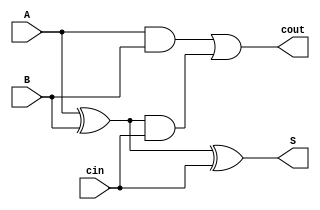
module fullAdder(A, B, cin, S, cout);
        input A, B, cin;                        
        output S, cout;                         
        assign cout = (A & B) | ((A ^ B) & cin);
        assign S = A ^ B ^ cin;                 
endmodule                                       

module fourBitAdder(A, B, cin, S, cout);
	input [3:0] A;
	input [3:0] B;
	input cin;
	
	output [3:0] S;
	output cout;

	wire c1;
	wire c2;
	wire c3;

	fullAdder fa1(
		.A(A[0]),
		.B(B[0]),
		.S(S[0]),
		.cin(cin),
		.cout(c1)
	);
	fullAdder fa2(
		.A(A[1]),
		.B(B[1]),
		.S(S[1]),
		.cin(c1),
		.cout(c2)
	);
	fullAdder fa3(
		.A(A[2]),
		.B(B[2]),
		.S(S[2]),
		.cin(c2),
		.cout(c3)
	);
	fullAdder fa4(
		.A(A[3]),
		.B(B[3]),
		.S(S[3]),
		.cin(c3),
		.cout(cout)
	);
endmodule

module alublock(ALUout, A, B, f);
	output reg [7:0] ALUout;
	input [3:0] A, B;
	input [2:0] f;

	wire [3:0] ab1;
	wire ab2;
endmodule

module sevenhex(hex, in);
    input [3:0] in;
    output [6:0] hex;

    assign hex[0] = (~in[0] & in[1] & ~in[2] & ~in[3]) | (in[0] & ~in[1] & in[2] & in[3]) | (in[0] & in[1] & ~in[2] & in[3]) | (~in[0] & ~in[1] & ~in[2] & in[3]);

    assign hex[1] = (in[0] & in[2] & in[3]) | (in[0] & in[1] & ~in[3]) | (~in[0] & in[1] & ~in[2] & in[3]) | (in[1] & in[2] & ~in[3]);

    assign hex[2] = (~in[0] & ~in[1] & in[2] & ~in[3]) | (in[0] & in[1] & ~in[3]) | (in[0] & in[1] & in[2]);

    assign hex[3] = (~in[1] & ~in[2] & in[3]) | (in[0] & ~in[1] & in[2] & ~in[3]) | (in[1] & in[2] & in[3]) | (~in[0] & in[1] & ~in[2] & ~in[3]);

    assign hex[4] = (~in[1] & ~in[2] & in[3]) | (~in[0] & in[1] & ~in[2]) | (~in[0] & in[3]);

    assign hex[5] = (~in[0] & ~in[1] & in[2]) | (~in[0] & ~in[1] & in[3]) | (in[0] & in[1] & ~in[2] & in[3]) | (~in[0] & in[2] & in[3]);

    assign hex[6] = (~in[0] & in[1] & in[2] & in[3]) | (in[0] & in[1] & ~in[2] & ~in[3]) | (~in[0] & ~in[1] & ~in[2]);

endmodule

module innerAlu(A, B, func, ALUout);
	input [3:0] A, B;
	input [2:0] func;
	output [7:0] ALUout;

	reg [7:0] Out;
	wire dummy1;
	wire dummy2;

	wire [3:0] w1;
	fourBitAdder f1(.A(A[3:0]), .B(4'b0001), .cin(1'b0), .S(w1), .cout(dummy1));

	wire [3:0] w2;
	fourBitAdder f2(.A(A[3:0]), .B(B[3:0]), .cin(1'b0), .S(w2), .cout(dummy2));


	always @(*)
	begin
		case (func[2:0])
			3'b000: Out = {4'b0000, w1};
			3'b001: Out = {4'b0000, w2};
			3'b010: Out = {4'b0000, A[3:0] + B[3:0]};
			3'b011: Out = {A[3:0] | B[3:0], A[3:0] ^ B[3:0]};
			3'b100: Out = {7'b0000000, | {A[3:0], B[3:0]}};
			3'b101: Out = {A[3:0], B[3:0]};
			default: Out = 8'b0000_0000; 
		endcase
	end

	assign ALUout[7:0] = Out;
	
endmodule

module alu(SW, LEDR, KEY, HEX0, HEX1, HEX2, HEX3, HEX4, HEX5);
	input [7:0] SW;
	input [2:0] KEY;
	output [7:0] LEDR;
	output [6:0] HEX0, HEX1, HEX2, HEX3, HEX4, HEX5;

	wire [3:0] A, B;
	wire [7:0] out;
	
	innerAlu alu1(.A(SW[7:4]), .B(SW[3:0]), .func(KEY[2:0]), .ALUout(LEDR[7:0]));

	sevenhex h1(.in(SW[3:0]), .hex(HEX0));
	sevenhex h2(.in(SW[7:4]), .hex(HEX2));
	sevenhex h3(.in(4'b0000), .hex(HEX1));
	sevenhex h4(.in(4'b0000), .hex(HEX3));
	sevenhex h5(.in(LEDR[3:0]), .hex(HEX4));
	sevenhex h6(.in(LEDR[7:4]), .hex(HEX5));

endmodule